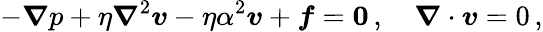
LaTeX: -\boldsymbol{\nabla}p+\eta\boldsymbol{\nabla}^{2}\boldsymbol{v}-\eta\alpha^{2}\boldsymbol{v}+\boldsymbol{f}=\boldsymbol{0}\, ,\quad\boldsymbol{\nabla}\cdot\boldsymbol{v}=0\, ,